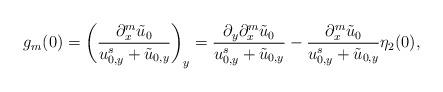
LaTeX: \begin{align*} g_m(0)= \left( \frac{\partial_x^m \tilde{u}_0}{u^s_{0,y} + \tilde u_{0, y}} \right)_y= \frac{\partial_y\partial_x^m \tilde{u}_0}{u^s_{0,y} + \tilde u_{0, y}}- \frac{\partial_x^m \tilde{u}_0}{u^s_{0,y} + \tilde u_{0, y}} \eta_2(0),\end{align*}